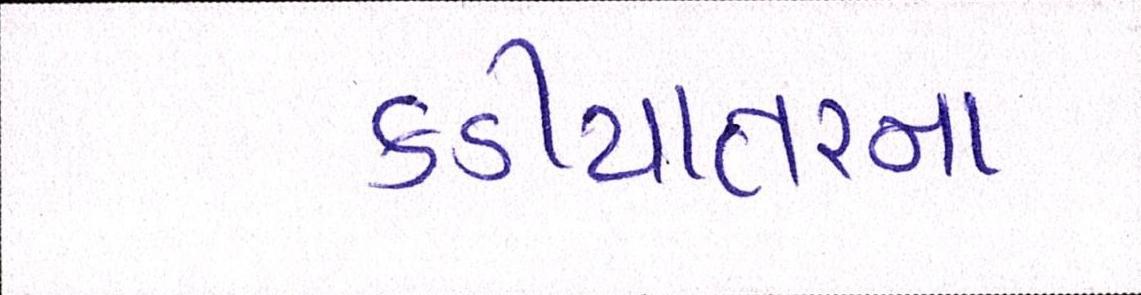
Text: કડીયાતરના